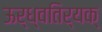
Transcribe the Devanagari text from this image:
ऊर्ध्वतिर्यक्‌